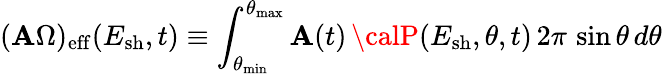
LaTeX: (\mathbf{A}\Omega)_{\mathrm{{eff}}}(E_{\mathrm{{sh}}},t)\equiv\int_{\theta_{\mathrm{{min}}}}^{\theta_{\mathrm{{max}}}}\mathbf{A}(t)\, {\calP}(E_{\mathrm{{sh}}},\theta,t)\, 2\pi\, \sin\theta\, d\theta